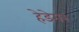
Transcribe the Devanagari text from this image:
हेडेगर